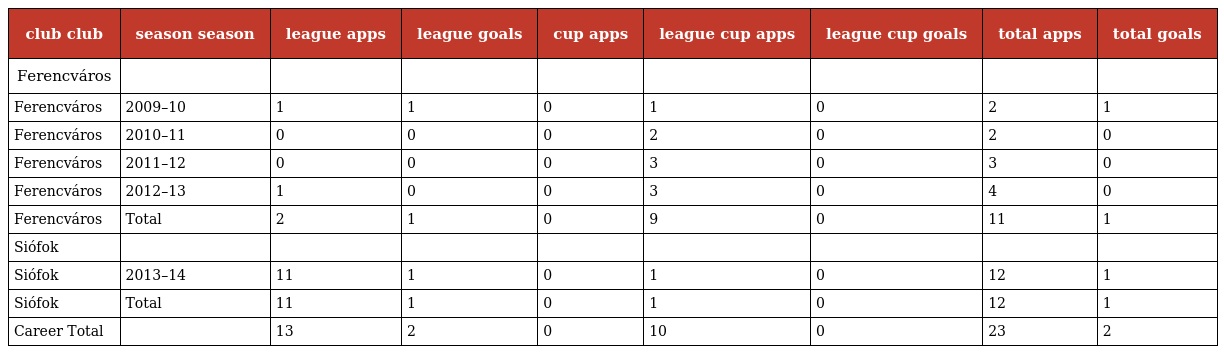
| club club | season season | league apps | league goals | cup apps | league cup apps | league cup goals | total apps | total goals |
 | --- | --- | --- | --- | --- | --- | --- | --- | --- |
 | Ferencváros |  |  |  |  |  |  |  |  |
 | Ferencváros | 2009–10 | 1 | 1 | 0 | 1 | 0 | 2 | 1 |
 | Ferencváros | 2010–11 | 0 | 0 | 0 | 2 | 0 | 2 | 0 |
 | Ferencváros | 2011–12 | 0 | 0 | 0 | 3 | 0 | 3 | 0 |
 | Ferencváros | 2012–13 | 1 | 0 | 0 | 3 | 0 | 4 | 0 |
 | Ferencváros | Total | 2 | 1 | 0 | 9 | 0 | 11 | 1 |
 | Siófok |  |  |  |  |  |  |  |  |
 | Siófok | 2013–14 | 11 | 1 | 0 | 1 | 0 | 12 | 1 |
 | Siófok | Total | 11 | 1 | 0 | 1 | 0 | 12 | 1 |
 | Career Total |  | 13 | 2 | 0 | 10 | 0 | 23 | 2 |